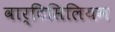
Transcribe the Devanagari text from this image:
वार्टिसिलियम